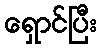
ရှောင်ပြီး